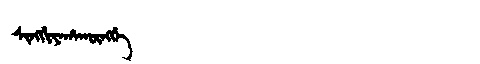
Manchu: ᠰᡳᠩᡤᡳᠶᠠᡥᠠᡴᡡᠩᡤᡝ
Romanization: SINGGIYAHAKŪNGGE